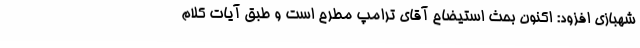
شهبازی افزود: اکنون بحث استیضاح آقای ترامپ مطرح است و طبق آیات کلام